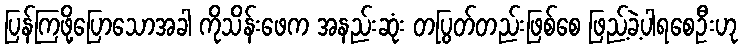
ပြန်ကြဖို့ပြောသောအခါ ကိုသိန်းဖေက အနည်းဆုံး တပြွတ်တည်းဖြစ်စေ ဖြည့်ခဲ့ပါရစေဦးဟု